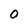
Character: O